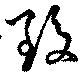
毀